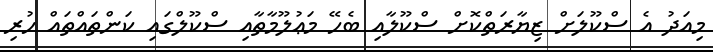
މިއަދު އެ ސްކޫލަށް ޒިޔާރަތްކޮށް ސްކޫލާއި ބެހޭ މަޢުލޫމާތާއި ސްކޫލްގައި ކަންތައްތައް ހުރި